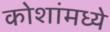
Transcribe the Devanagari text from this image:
कोशांमध्ये